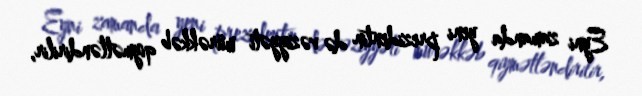
Eyni zamanda yeni prezidentin də vəziyyəti mürəkkəb qiymətləndirilir,